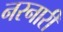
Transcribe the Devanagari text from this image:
नरनारीं